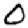
Digit: 0